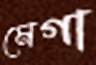
মেগা